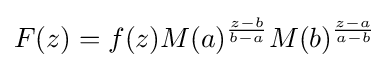
F(z)=f(z)M(a)^{z-b \over b-a}M(b)^{z-a \over a-b}